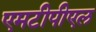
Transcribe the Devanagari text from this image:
एमटीपीएल